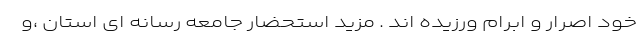
خود اصرار و ابرام ورزیده اند . مزید استحضار جامعه رسانه ای استان ،و